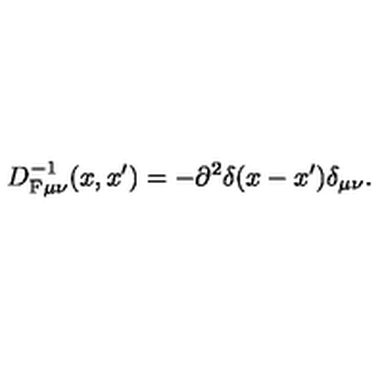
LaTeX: D _ { \mathrm { F } \mu \nu } ^ { - 1 } ( x , x ^ { \prime } ) = - \partial ^ { 2 } \delta ( x - x ^ { \prime } ) \delta _ { \mu \nu } .